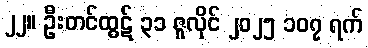
၂၂။ ဦးတင်ထွဋ် ၃၁ ဇူလိုင် ၂၀၂၅ ၁၀၇ ရက်